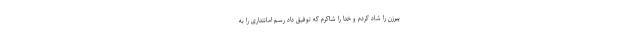
پیرزن را شاد کردم و خدا را شاکرم که توفیق داد رسم امانتداری را به